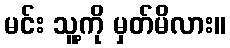
မင်း သူ့ကို မှတ်မိလား။